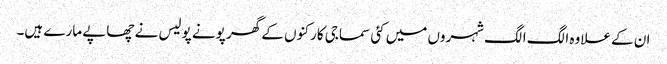
ان کے علاوہ الگ الگ شہروں میں کئی سماجی کارکنوں کے گھر پونے پولیس نے چھاپے مارے ہیں۔